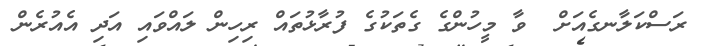
ރަސްކަލާނގެއަށް  ވާ މީހުންގެ ގެތަކުގެ ފުރާޅުތައް ރިހިން ލައްވައި އަދި އެއުރެން